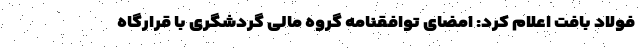
فولاد بافت اعلام کرد: امضای توافقنامه گروه مالی گردشگری با قرارگاه